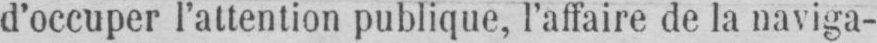
d’occuper l’attention publique, l’affaire de la naviga-